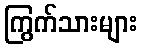
ကြွက်သားများ